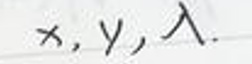
$x, y, \lambda.$